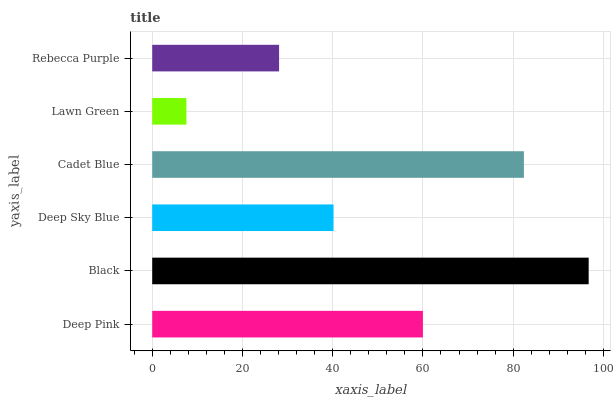
| yaxis_label | bars |
 | --- | --- |
 | Deep Pink | 60 |
 | Black | 96.7 |
 | Deep Sky Blue | 40.2 |
 | Cadet Blue | 82.4 |
 | Lawn Green | 7.58 |
 | Rebecca Purple | 28.1 |